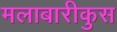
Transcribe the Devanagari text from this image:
मलाबारीकुस